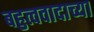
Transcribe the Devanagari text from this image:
बहुत्ववादाच्या